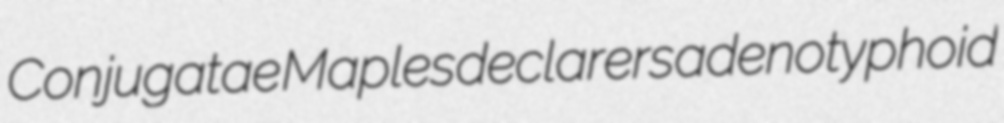
Conjugatae Maples declarers adenotyphoid